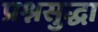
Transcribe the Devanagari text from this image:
प्रश्नसुद्धा